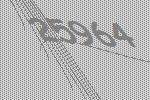
25964